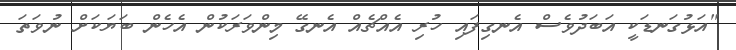
"އަޅުގަނޑަކީ އަބަދުވެސް އެނގިފައި ހުރި އެއްޗެއް އެނގޭ މިންވަރަކުން އެހެން ބަޔަކަށް ނުވަތަ